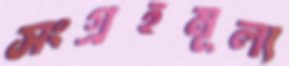
সংগ্রহমূল্য